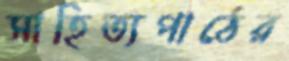
সাহিত্যপাঠের